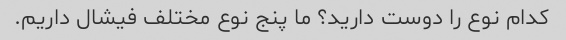
کدام نوع را دوست دارید؟ ما پنج نوع مختلف فیشال داریم.